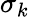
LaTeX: \sigma_{k}